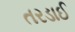
તરડાઈ